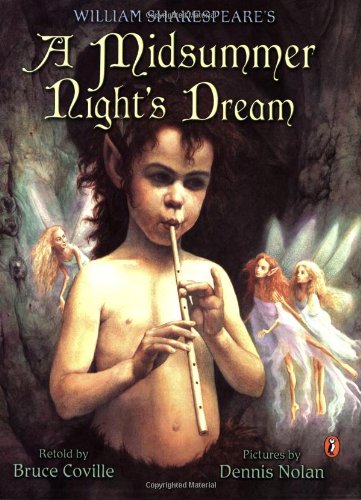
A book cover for William Shakespeare's a Midsummer Night's Dream; Bruce Coville; Literature & Fiction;